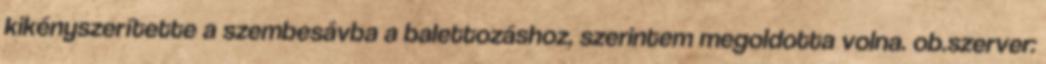
kikényszerítette a szembesávba a balettozáshoz, szerintem megoldotta volna. ob.szerver: